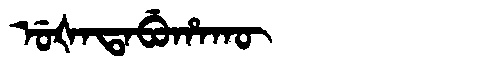
Manchu: ᡠᡧᠠᡨᠠᠪᡠᡥᠠᡴᡡ
Romanization: UŠATABUHAKŪ